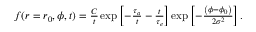
\begin{array} { r } { f ( r = r _ { 0 } , \phi , t ) = \frac { C } { t } \exp \left[ - \frac { \tau _ { a } } { t } - \frac { t } { \tau _ { e } } \right] \exp \left[ - \frac { \left( \phi - \phi _ { 0 } \right) } { 2 \sigma ^ { 2 } } \right] . } \end{array}